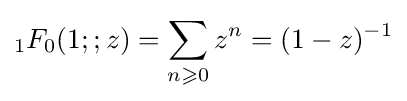
{}_{1}F_{0}(1;;z)=\sum _{n\geqslant 0}z^{n}=(1-z)^{-1}